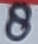
Text: 8